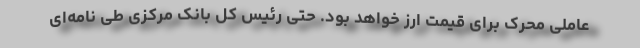
عاملی محرک برای قیمت ارز خواهد بود. حتی رئیس کل بانک مرکزی طی نامه‌ای